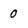
Character: 0